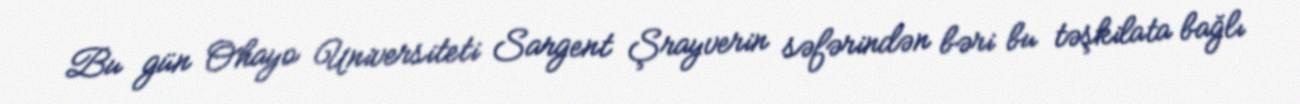
Bu gün Ohayo Universiteti Sargent Şrayverin səfərindən bəri bu təşkilata bağlı